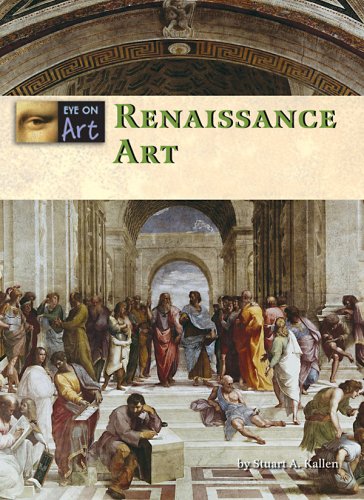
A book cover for Renaissance Art (Eye on Art); Stuart A. Kallen; Teen & Young Adult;